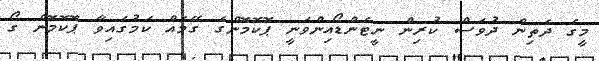
މީގެ ދެތިން ދުވަސް ކުރިން ނީޓެންޑޯއިންވަނީ ޕޮކޮމޮންގެ ގޭމެއް ކަމުގައިވާ ޕޮކޮމޮން ގޯ